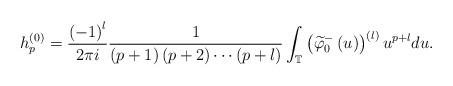
LaTeX: \begin{align*}h_{p}^{\left( 0\right) }=\frac{\left( -1\right) ^{l}}{2\pi i}\frac{1}{\left( p+1\right) \left( p+2\right) \cdots\left( p+l\right) }\int_{\mathbb{T}}\left( \widetilde{\varphi}_{0}^{-}\left( u\right) \right)^{\left( l\right) }u^{p+l}du.\end{align*}